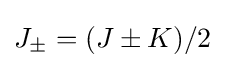
J_{\pm }=(J\pm K)/2